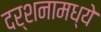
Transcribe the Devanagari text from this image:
दर्शनामध्ये